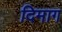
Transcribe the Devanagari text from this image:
दिमाग